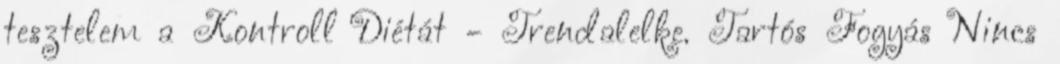
tesztelem a Kontroll Diétát - Trendalelke. Tartós Fogyás Nincs